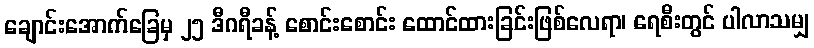
ချောင်းအောက်ခြေမှ ၂၅ ဒီဂရီခန့် စောင်းစောင်း ထောင်ထားခြင်းဖြစ်လေရာ၊ ရေစီးတွင် ပါလာသမျှ